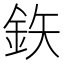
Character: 鉃